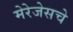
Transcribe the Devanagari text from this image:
मेरेजेसचे